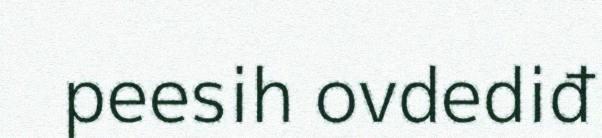
peesih ovdediđ